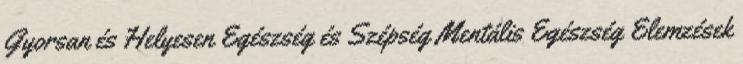
Gyorsan és Helyesen Egészség és Szépség Mentális Egészség Elemzések